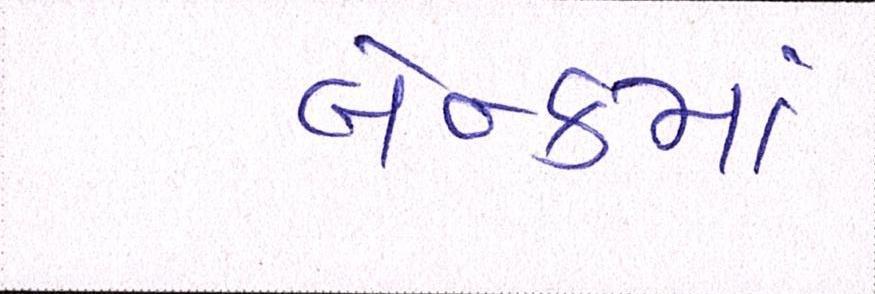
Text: બૅન્કમાં